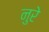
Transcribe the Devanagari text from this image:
नुरे